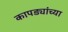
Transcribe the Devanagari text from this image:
कापड्यांच्या